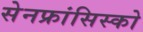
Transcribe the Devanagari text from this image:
सेनफ्रांसिस्को